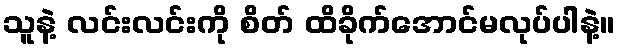
သူနဲ့ လင်းလင်းကို စိတ် ထိခိုက်အောင်မလုပ်ပါနဲ့။